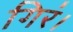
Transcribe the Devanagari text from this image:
गिरं।